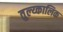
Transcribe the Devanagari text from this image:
तुल्य्कालिक